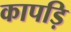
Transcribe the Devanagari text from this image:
कापड़ि